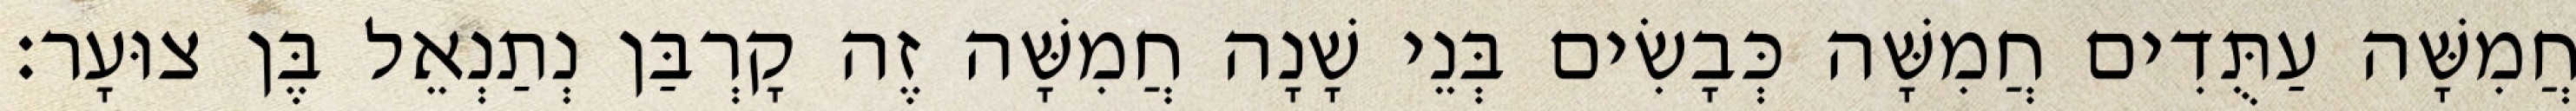
חֲמִשָּׁה עַתֻּדִים חֲמִשָּׁה כְּבָשִׂים בְּנֵי שָׁנָה חֲמִשָּׁה זֶה קָרְבַּן נְתַנְאֵל בֶּן צוּעָר׃